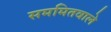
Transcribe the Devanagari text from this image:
सममितवाले